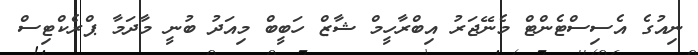
ނިއުގެ އެސިސްޓެންޓް މެނޭޖަރު އިބްރާހީމް ޝާޒް ހަބީބް މިއަދު ބުނީ މާދަމާ ޕްރެކްޓިސް